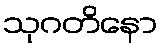
သုဂတိနော